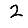
Digit: 2